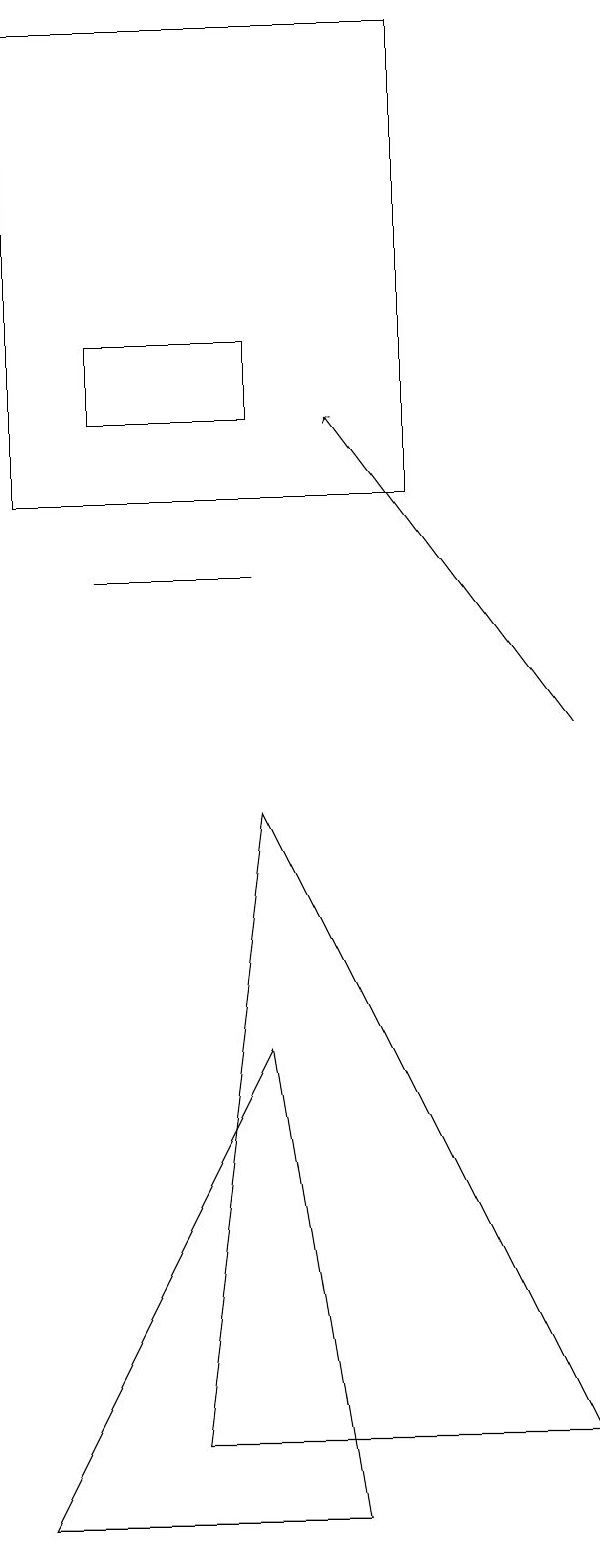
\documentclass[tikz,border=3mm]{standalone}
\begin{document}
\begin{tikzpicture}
\draw[->] (7,10) -- (4,14);
\draw (3,15) rectangle (1,14);
\draw (1,12) rectangle (3,12);
\draw (7,1) -- (3,9) -- (2,1) -- cycle;
\draw (0,13) rectangle (5,19);
\draw (4,0) -- (0,0) -- (3,6) -- cycle;
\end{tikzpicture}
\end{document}